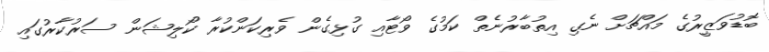
ބޮޑުވަޒީރުގެ މައްޗަށް ނެގި އިތުބާރުނެތް ކަމުގެ ވޯޓާއި ގުޅިގެން ވެރިކަންކުރާ ކޯލިޝަން ސަރުކާރުގައި